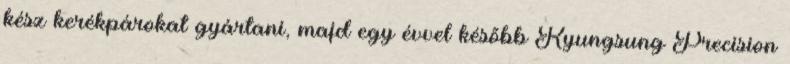
kész kerékpárokat gyártani, majd egy évvel később Kyungsung Precision